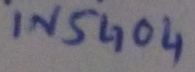
Text: IN5404